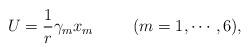
LaTeX: \begin{align*}U=\frac1r \gamma_m x_m \hspace{1cm} (m=1,\cdots,6),\end{align*}